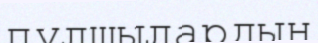
пұлшылардың